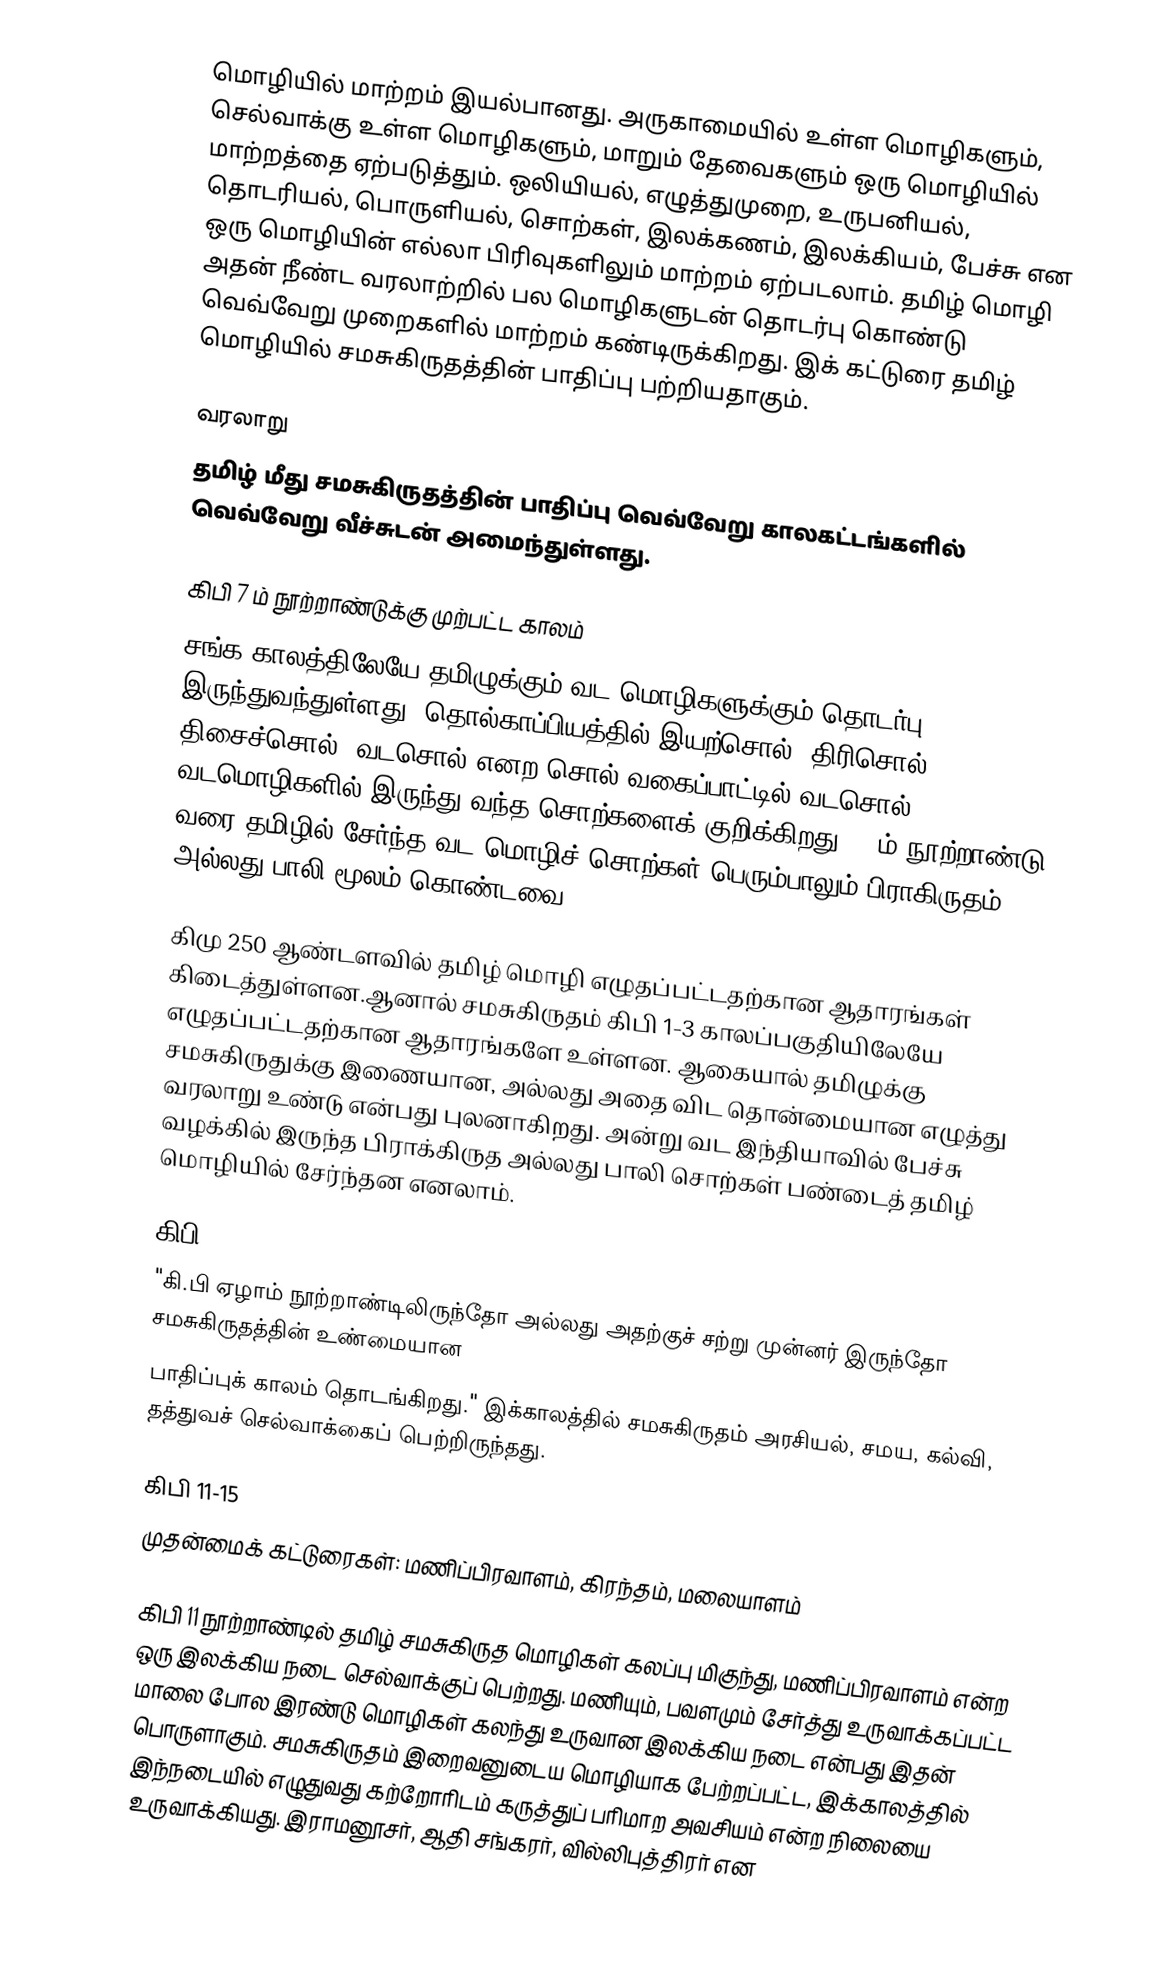
மொழியில் மாற்றம் இயல்பானது.  அருகாமையில் உள்ள மொழிகளும், செல்வாக்கு உள்ள மொழிகளும், மாறும் தேவைகளும் ஒரு மொழியில் மாற்றத்தை ஏற்படுத்தும்.  ஒலியியல், எழுத்துமுறை, உருபனியல், தொடரியல், பொருளியல், சொற்கள், இலக்கணம், இலக்கியம், பேச்சு என ஒரு மொழியின் எல்லா பிரிவுகளிலும் மாற்றம் ஏற்படலாம்.  தமிழ் மொழி அதன் நீண்ட வரலாற்றில் பல மொழிகளுடன் தொடர்பு கொண்டு வெவ்வேறு முறைகளில் மாற்றம் கண்டிருக்கிறது.  இக் கட்டுரை தமிழ் மொழியில் சமசுகிருதத்தின் பாதிப்பு பற்றியதாகும்.

வரலாறு
தமிழ் மீது சமசுகிருதத்தின் பாதிப்பு வெவ்வேறு காலகட்டங்களில் வெவ்வேறு வீச்சுடன் அமைந்துள்ளது.

கிபி 7 ம் நூற்றாண்டுக்கு முற்பட்ட காலம்
சங்க காலத்திலேயே தமிழுக்கும் வட மொழிகளுக்கும் தொடர்பு இருந்துவந்துள்ளது.  தொல்காப்பியத்தில் இயற்சொல், திரிசொல், திசைச்சொல், வடசொல் எனற சொல் வகைப்பாட்டில் வடசொல் வடமொழிகளில் இருந்து வந்த சொற்களைக் குறிக்கிறது.  7 ம் நூற்றாண்டு வரை தமிழில் சேர்ந்த வட மொழிச் சொற்கள் பெரும்பாலும் பிராகிருதம் அல்லது பாலி மூலம் கொண்டவை.

கிமு 250 ஆண்டளவில் தமிழ் மொழி எழுதப்பட்டதற்கான ஆதாரங்கள் கிடைத்துள்ளன.ஆனால் சமசுகிருதம் கிபி 1-3 காலப்பகுதியிலேயே எழுதப்பட்டதற்கான ஆதாரங்களே உள்ளன.  ஆகையால் தமிழுக்கு சமசுகிருதுக்கு இணையான, அல்லது அதை விட தொன்மையான எழுத்து வரலாறு உண்டு என்பது புலனாகிறது.  அன்று வட இந்தியாவில் பேச்சு வழக்கில் இருந்த பிராக்கிருத அல்லது பாலி சொற்கள் பண்டைத் தமிழ் மொழியில் சேர்ந்தன எனலாம்.

கிபி 7
"கி.பி ஏழாம் நூற்றாண்டிலிருந்தோ அல்லது அதற்குச் சற்று முன்னர் இருந்தோ சமசுகிருதத்தின் உண்மையான
பாதிப்புக் காலம் தொடங்கிறது."   இக்காலத்தில் சமசுகிருதம் அரசியல், சமய, கல்வி, தத்துவச் செல்வாக்கைப் பெற்றிருந்தது.

கிபி 11-15
முதன்மைக் கட்டுரைகள்: மணிப்பிரவாளம், கிரந்தம், மலையாளம்

கிபி 11 நூற்றாண்டில் தமிழ் சமசுகிருத மொழிகள் கலப்பு மிகுந்து, மணிப்பிரவாளம் என்ற ஒரு இலக்கிய நடை செல்வாக்குப் பெற்றது.  மணியும், பவளமும் சேர்த்து உருவாக்கப்பட்ட மாலை போல இரண்டு மொழிகள் கலந்து உருவான இலக்கிய நடை என்பது இதன் பொருளாகும். சமசுகிருதம் இறைவனுடைய மொழியாக பேற்றப்பட்ட, இக்காலத்தில் இந்நடையில் எழுதுவது கற்றோரிடம் கருத்துப் பரிமாற அவசியம் என்ற நிலையை உருவாக்கியது.  இராமனூசர், ஆதி சங்கரர், வில்லிபுத்திரர் என